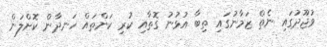
ވުޖޫދުގައި ނެތް ޒަމާނުގައި ތިބާ އުޅުނު ގޮތާއި ކުރި ކަންތައް ހަނދާން ކޮށްލަން